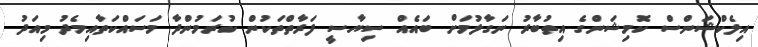
އިލެކްޝަންސް ކޮމިޝަންގެ އިތުބާރު ނަގާލުމަށް ބައެއް ސިޔާސީ ފަރާތްތަކުން ކުރަމުންދާ މަސައްކަތާއިމެދު މިއަދު